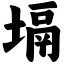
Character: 塥